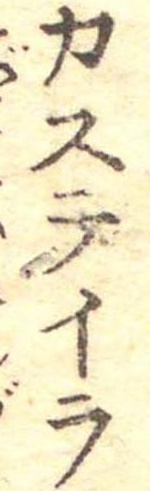
カステイラ